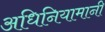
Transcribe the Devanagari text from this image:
अधिनियामानी